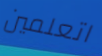
اتعلمين